Vaccination in Burma 1889-1999 - 1889-1999
Year: 1889
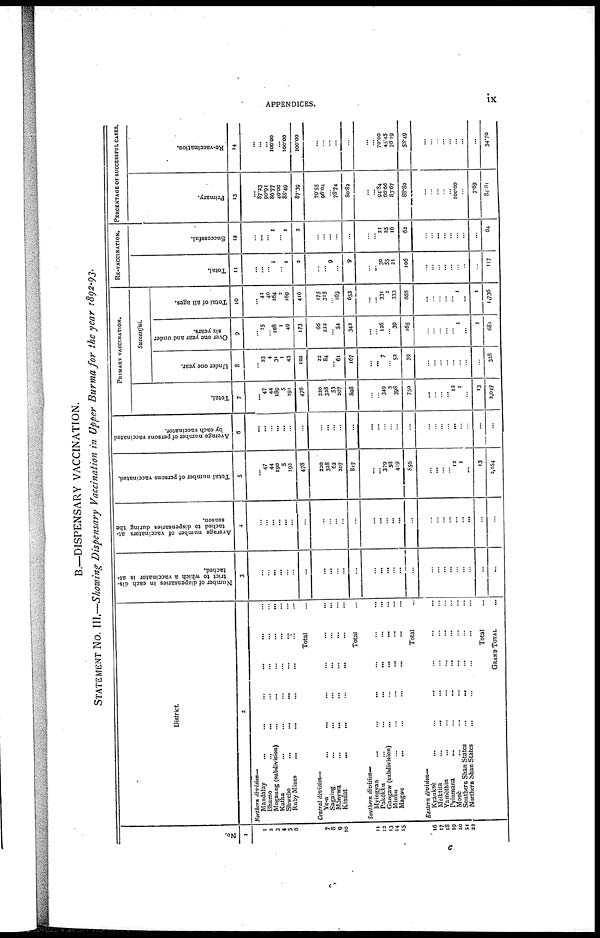
APPENDICES.
ix
B.—DISPENSARY VACCINATION.
STATEMENT No. III.—Showing Dispensary Vaccination in Upper Burma for the year 1892-93.
No.
1
1
2
3
4
5
6
7
8
9
10
11
13
13
14
15
16
17
18
19
20
21
22
District.
2
Northern division—
Mandalay
...
...
...
...
Bhamo...
...
...
...
Mogaung (subdivision)... ... ... ...
Katha... ... ... ... ...
Shwcbo...
...
...
...
...
Ruby
Mines...
...
...
...
Total...
Central division—
Ye-u... ... ... ... ... ...
Sagaing... ... ... ...
Monywa ... ... ... ...
Kindat... ... ... ... ...
Total...
Southern division—
Myingyan... ... ... ...
Pakokku...
...
...
...
...
Gangaw (subdivision)
...
...
...
...
Minbu... ... ... ...
Magwe
...
...
...
...
Total...
Eastern division—
Kyaukse... ... ... ...
Meiktila... ... ... ...
Yamethin... ... ... ...
Pyinmana ... ... ... ...
Mone... ... ... ...
Southern Shan States
...
...
...
Northern Shan States... ... ...
Total...
GRAND TOTAL...
Number of dispensaries in each dis-
trict to which a vaccinator is at-
tached.
3
...
...
...
...
...
...
...
...
...
...
...
...
...
...
...
...
...
...
...
...
...
...
...
...
...
...
...
Average number of vaccinators at-
tached to dispensaries during the
season.
4
...
...
...
...
...
...
...
...
...
...
...
...
...
...
...
...
...
...
...
...
...
...
...
...
...
...
...
Total number of persons vaccinated.
5
...
47
44
190
5
192
478
220
328
62
207
817
... ...
379
58
419
856
...
...
...
...
12
1
...
13
2,164
Average number of persons vaccinated
by each vaccinator.
6
...
...
...
...
...
...
...
...
...
...
...
...
...
...
...
...
...
...
...
...
...
...
...
...
...
...
...
PRIMARY VACCINATION.
Total.
7
...
47
44
189
5
191
476
220
328
53
207
808
... ...
349
3
398
750
...
...
...
... 12
1
...
13
2,047
Successful.
Under one year.
8
... 23
4
31
1
43
102
22
84
...
61
167
...
...
7
...
52
59
...
...
...
...
...
...
...
...
328
Over one year and under
six years.
9
... 15
...
108
1
49
173
66
222
...
54
342
...
...
126
...
39
165
...
...
...
...
...
1
...
1
681
Total of all ages.
10
...
41
40
164
2
169
416
175
315
...
163
653
...
...
331
2
333
666
...
...
...
...
...
1
...
1
1,736
RE-VACCINATION.
Total.
11
...
...
...
1
...
1
2
...
...
9
...
9
...
...
30
55
21
106
...
...
...
...
...
...
...
...
117
Successful.
12
...
...
...
1
...
1
2
...
...
...
...
...
...
...
21
25
16
62
...
...
...
...
...
...
...
...
64
PERCENTAGE OF SUCCESSFUL CASES.
Primary.
13
...
87.23
90.91
86.77
40.00
88.49
87.39
79.55
96.04
...
78.74
80.82
...
...
94.34
66.66
83.67
88.80
...
...
...
...
...
100.00
...
7.69
84.81
Re-vaccination.
14
...
...
...
100.00
...
100.00
100.00
...
...
... ...
...
...
...
70.00
45.45
76.19
58.49
...
...
...
...
...
...
...
...
54.70
C